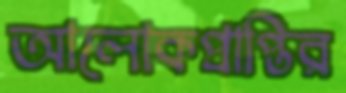
আলোকপ্রাপ্তির